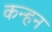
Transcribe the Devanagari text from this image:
कन्हन